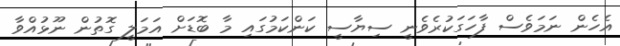
އެހެން ނަމަވެސް ފާހަގަކުރެވެނީ ސިޔާސީ ކަންކަމުގައި މާ ބޮޑަށް އަމަލީ ގޮތުން ނޫޅުއްވާ